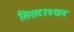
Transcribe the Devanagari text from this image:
सिसटरश्यन